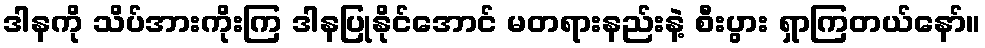
ဒါနကို သိပ်အားကိုးကြ ဒါနပြုနိုင်အောင် မတရားနည်းနဲ့ စီးပွား ရှာကြတယ်နော်။